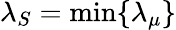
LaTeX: \lambda_{S}=\operatorname*{min}\{ \lambda_{\mu}\}